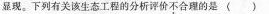
显现。下列有关该生态工程的分析评价不合理的是( )